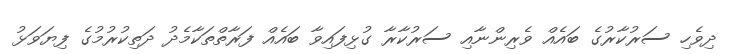
ދިވެހި ސަރުކާރުގެ ބައެއް ވެރިންނާއި ސަރުކާރާ ގުޅިފައިވާ ބައެއް ފަރާތްތަކާމެދު ދަތިކުރުމުގެ ފިޔަވަޅު